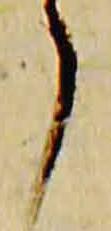
了